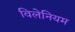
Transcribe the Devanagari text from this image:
विलेनियम